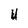
Character: U